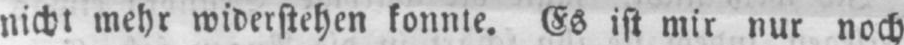
nicht mehr widerstehen konnte. Es ist mir nur noch